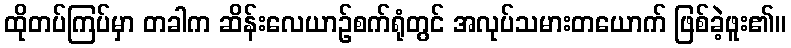
ထိုတပ်ကြပ်မှာ တခါက ဆိန်းလေယာဉ်စက်ရုံတွင် အလုပ်သမားတယောက် ဖြစ်ခဲ့ဖူး၏။